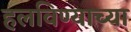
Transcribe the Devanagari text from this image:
हलविण्याच्या